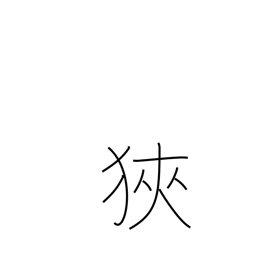
Meaning: reduce